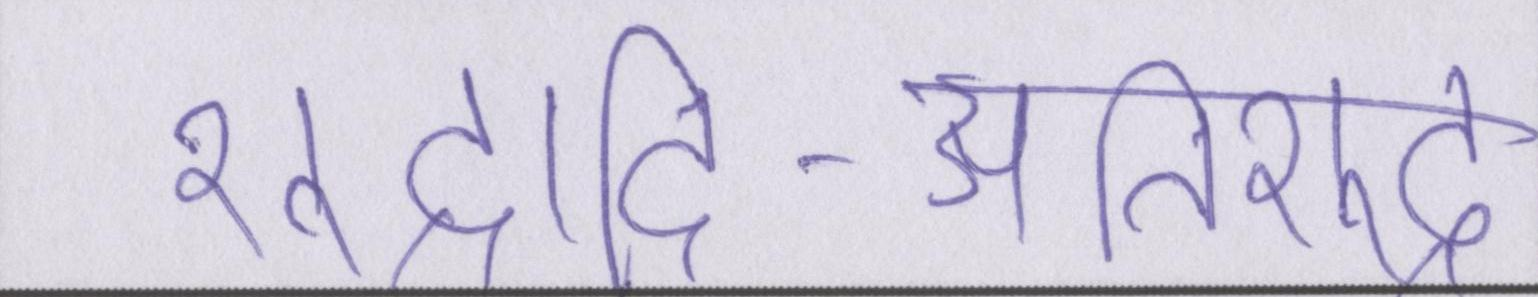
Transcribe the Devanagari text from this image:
शूद्रादि-अतिशूद्र